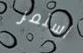
استمر